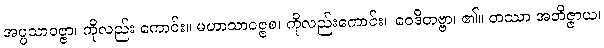
အပ္ပသာဝဇ္ဇာ၊ ကိုလည်း ကောင်း။ မဟာသာဝဇ္ဇစ၊ ကိုလည်းကောင်း။ ဝေဒိတဗ္ဗာ၊ ၏။ တဿာ အဘိဇ္ဇာယ၊